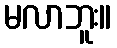
မလာဘူး။